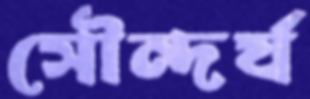
সৌন্দর্য